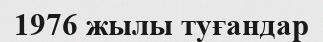
1976 жылы туғандар